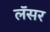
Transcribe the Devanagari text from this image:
लॅसर